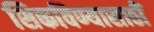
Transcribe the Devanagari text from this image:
शिकविण्यासाठीं